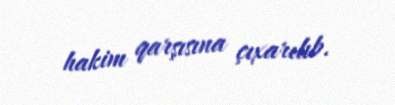
hakim qarşısına çıxarılıb.